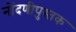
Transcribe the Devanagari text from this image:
नोंदणीपुस्तक